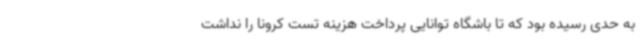
به حدی رسیده بود که تا باشگاه توانایی پرداخت هزینه تست کرونا را نداشت